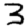
Digit: 3